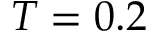
T = 0 . 2